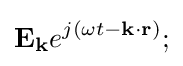
\mathbf {E_{k}} e^{j(\omega t-\mathbf {k\cdot r} )};